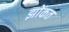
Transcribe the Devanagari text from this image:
झोंकत